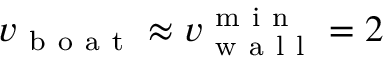
v _ { \mathrm { ~ b ~ o ~ a ~ t ~ } } \approx v _ { \mathrm { ~ w ~ a ~ l ~ l ~ } } ^ { \mathrm { ~ m ~ i ~ n ~ } } = 2